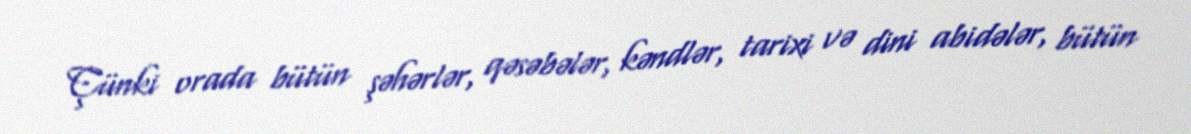
Çünki orada bütün şəhərlər, qəsəbələr, kəndlər, tarixi və dini abidələr, bütün